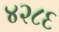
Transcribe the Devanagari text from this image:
४२८६